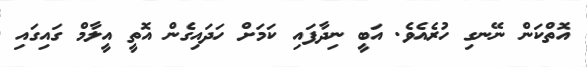
އޮތްކަން ނޭނގި ހުރެއެވެ. އަބީ ނިދާފައި ކަމަށް ހަދައިގެން އޮތީ އީލާމް ގައިގައި